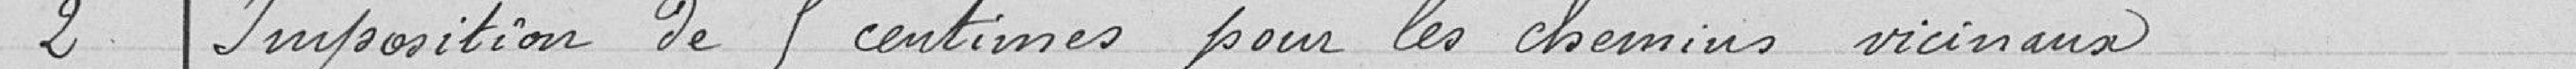
2 Imposition de 5 centimes pour les chemins vicinaux